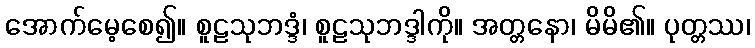
အောက်မေ့စေ၍။ စူဠသုဘဒ္ဒံ၊ စူဠသုဘဒ္ဒါကို။ အတ္တနော၊ မိမိ၏။ ပုတ္တဿ၊